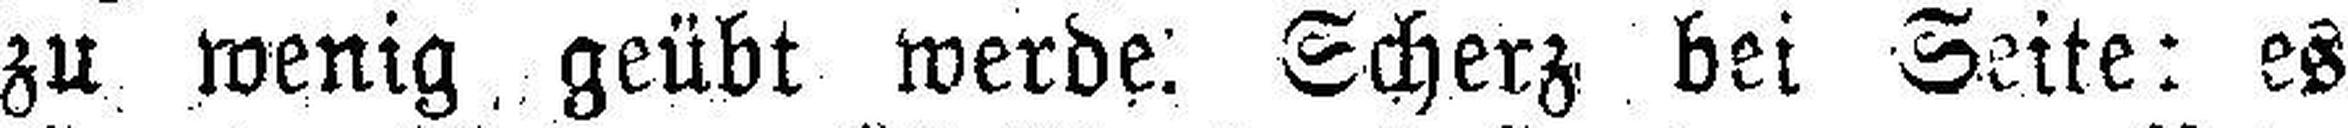
zu wenig geübt werde: Scherz bei Seite: es